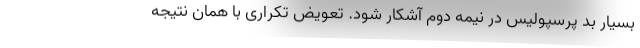
بسیار بد پرسپولیس در نیمه دوم آشکار شود. تعویض تکراری با همان نتیجه